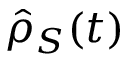
\hat { \rho } _ { S } ( t )